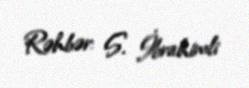
Rəhbər: S. İbrahimli